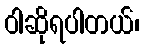
ဝါဆိုရပါတယ်၊